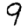
Digit: 9